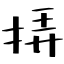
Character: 挵